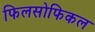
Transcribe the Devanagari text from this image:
फिलसोफिकल